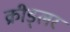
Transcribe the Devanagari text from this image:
क्रीड्लर